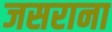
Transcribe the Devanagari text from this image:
जसराना